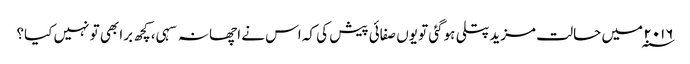
۲۰۱۶ ؁ میں حالت مزیدپتلی ہوگئی تو یوں صفائی پیش کی کہ اس نے اچھا نہ سہی، کچھ برا بھی تو نہیں کیا؟